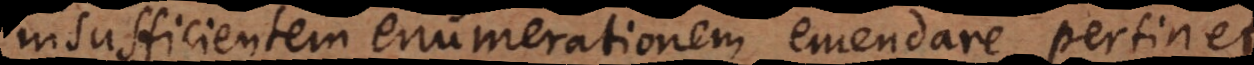
insufficientem enumerationem emendare pertinet